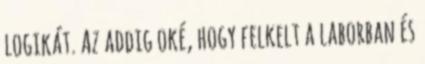
logikát. Az addig oké, hogy felkelt a laborban és